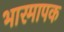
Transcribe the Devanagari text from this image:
भारमापक